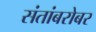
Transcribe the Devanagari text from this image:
संतांबरोबर